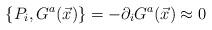
LaTeX: \begin{align*}\{P_{i}, G^{a}(\vec{x})\} = -\partial_{i}G^{a}(\vec{x}) \approx 0\end{align*}